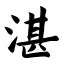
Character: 湛